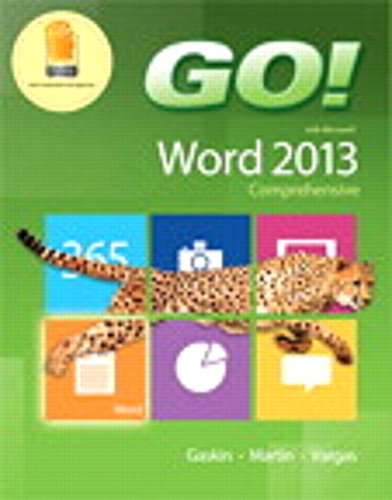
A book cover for GO! with Microsoft Word 2013 &  MyITLab with Pearson eText -- Access Card -- for GO! with Office 2013 Package; Shelley Gaskin; Computers & Technology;